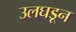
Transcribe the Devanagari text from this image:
उलघडून